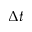
\Delta t